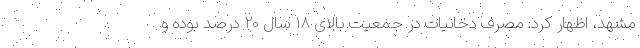
مشهد، اظهار کرد: مصرف دخانیات در جمعیت بالای ۱۸ سال ۲۰ درصد بوده و